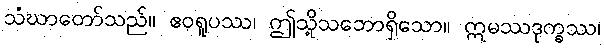
သံဃာတော်သည်။ ဧဝရူပဿ၊ ဤသို့သဘောရှိသော။ ဣမဿဒုက္ခဿ၊